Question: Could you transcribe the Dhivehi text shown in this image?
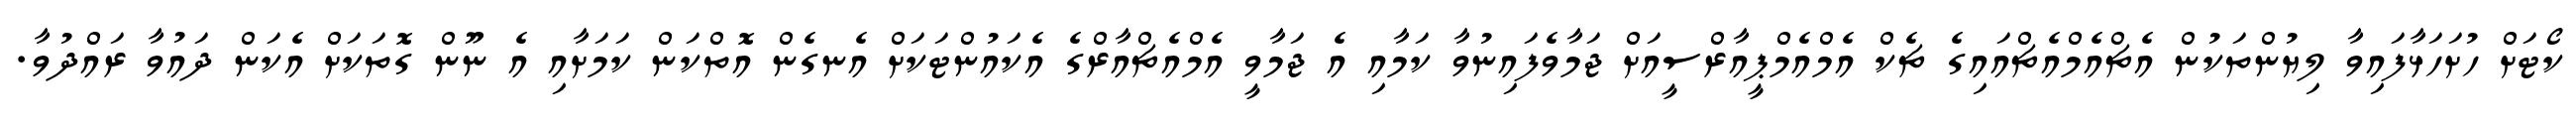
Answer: ކޯޓަށް ހުށަހަޅާފައިވާ ލިޔުންތަކުން އެޗްއެމްއެޗްއައިގެ ޗެކް އެމްއެމްޕީއާރްސީއަށް ޖަމާވެފައިނުވާ ކަމާއި އެ ޖަމާވީ އެމްއެޗްއާރްގެ އެކައުންޓަކަށް އެނގެން އޮތްކަން ކަމަށާއި އެ ނޫން ގޮތަކަށް އެކަން ދައުވާ ރައްދުވާ.